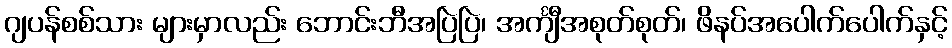
ဂျပန်စစ်သား များမှာလည်း ဘောင်းဘီအပြဲပြဲ၊ အင်္ကျီအစုတ်စုတ်၊ ဖိနပ်အပေါက်ပေါက်နှင့်